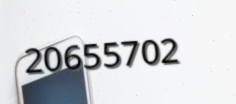
20655702